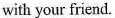
with your friend.